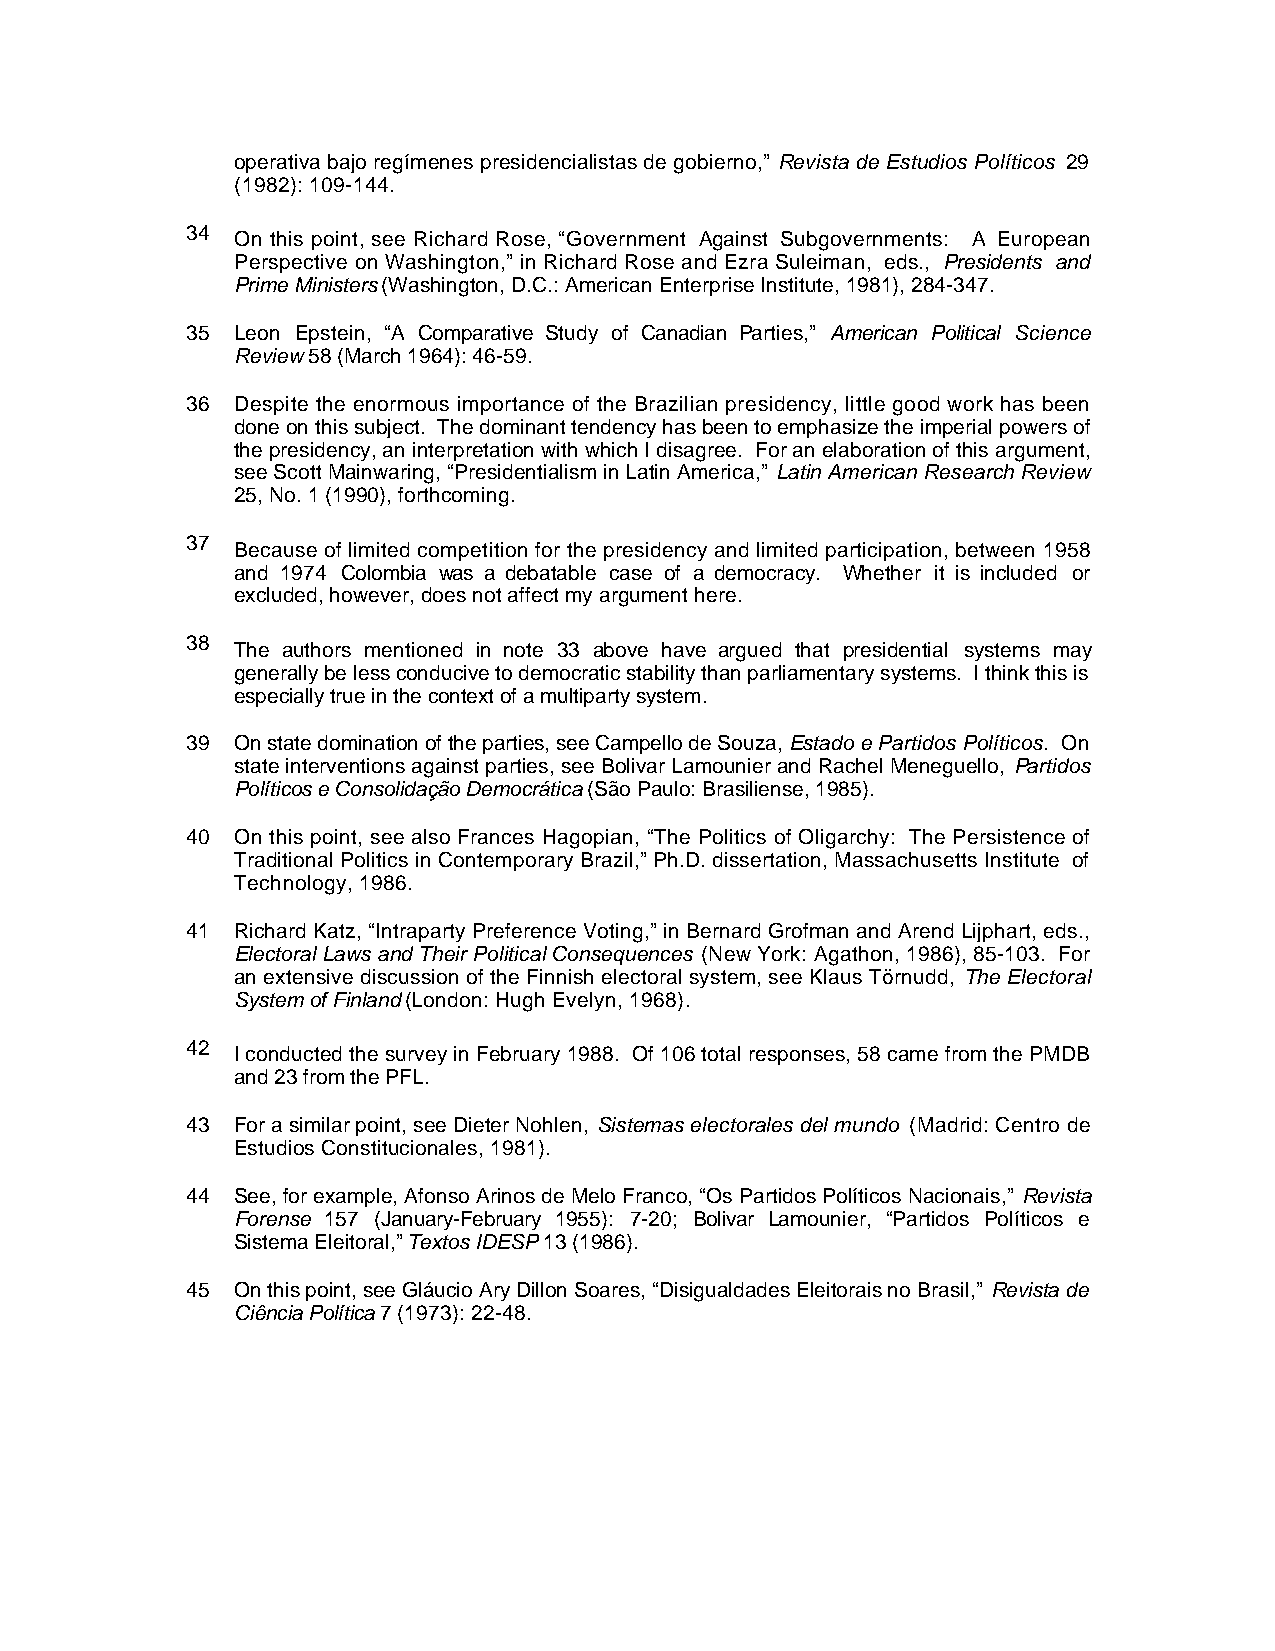
operativa bajo regímenes presidencialistas de gobierno,” Revista de Estudios Políticos 29
 (1982): 109-144.
 34  On this point, see Richard Rose, “Government Against Subgovernments: A European
 Perspective on Washington,” in Richard Rose and Ezra Suleiman, eds., Presidents and
 Prime Ministers (Washington, D.C.: American Enterprise Institute, 1981), 284-347.
 35  Leon Epstein, “A Comparative Study of Canadian Parties,” American Political Science
 Review 58 (March 1964): 46-59.
 36  Despite the enormous importance of the Brazilian presidency, little good work has been
 done on this subject. The dominant tendency has been to emphasize the imperial powers of
 the presidency, an interpretation with which I disagree. For an elaboration of this argument,
 see Scott Mainwaring, “Presidentialism in Latin America,” Latin American Research Review
 25, No. 1 (1990), forthcoming.
 37  Because of limited competition for the presidency and limited participation, between 1958
 and 1974 Colombia was a debatable case of a democracy. Whether it is included or
 excluded, however, does not affect my argument here.
 38  The authors mentioned in note 33 above have argued that presidential systems may
 generally be less conducive to democratic stability than parliamentary systems. I think this is
 especially true in the context of a multiparty system.
 39  On state domination of the parties, see Campello de Souza, Estado e Partidos Políticos. On
 state interventions against parties, see Bolivar Lamounier and Rachel Meneguello, Partidos
 Políticos e Consolidação Democrática (São Paulo: Brasiliense, 1985).
 40  On this point, see also Frances Hagopian, “The Politics of Oligarchy: The Persistence of
 Traditional Politics in Contemporary Brazil,” Ph.D. dissertation, Massachusetts Institute of
 Technology, 1986.
 41  Richard Katz, “Intraparty Preference Voting,” in Bernard Grofman and Arend Lijphart, eds.,
 Electoral Laws and Their Political Consequences (New York: Agathon, 1986), 85-103. For
 an extensive discussion of the Finnish electoral system, see Klaus Törnudd, The Electoral
 System of Finland (London: Hugh Evelyn, 1968).
 42  I conducted the survey in February 1988. Of 106 total responses, 58 came from the PMDB
 and 23 from the PFL.
 43  For a similar point, see Dieter Nohlen, Sistemas electorales del mundo (Madrid: Centro de
 Estudios Constitucionales, 1981).
 44  See, for example, Afonso Arinos de Melo Franco, “Os Partidos Políticos Nacionais,” Revista
 Forense 157 (January-February 1955): 7-20; Bolivar Lamounier, “Partidos Políticos e
 Sistema Eleitoral,” Textos IDESP 13 (1986).
 45  On this point, see Gláucio Ary Dillon Soares, “Disigualdades Eleitorais no Brasil,” Revista de
 Ciência Política 7 (1973): 22-48.